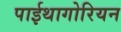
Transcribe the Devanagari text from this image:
पाईथागोरियन